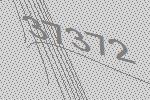
37372